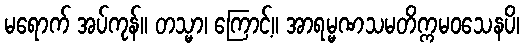
မရောက် အပ်ကုန်။ တသ္မာ၊ ကြောင့်။ အာရမ္မဏသမတိက္ကမဝသေနပိ၊